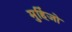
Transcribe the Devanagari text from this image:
मुहिंजो